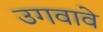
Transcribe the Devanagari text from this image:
उगवावे